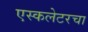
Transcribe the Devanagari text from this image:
एस्कलेटरचा